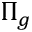
\Pi _ { g }